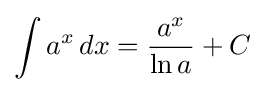
\int a^{x}\,dx={\frac {a^{x}}{\ln a}}+C